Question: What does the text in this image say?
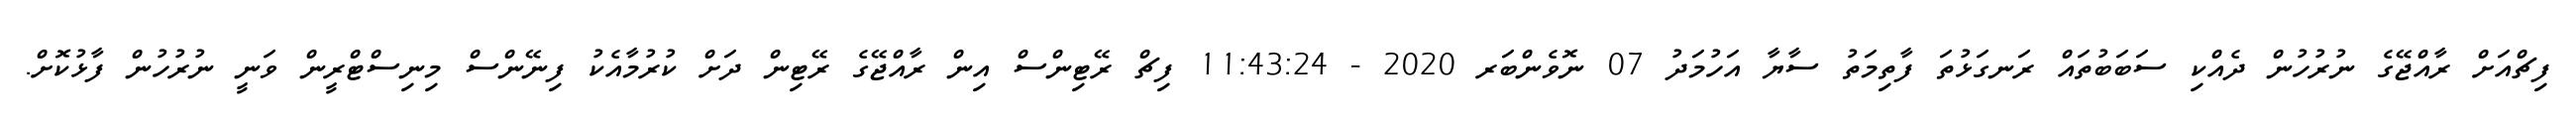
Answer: ފިޗްއަށް ރާއްޖޭގެ ނުރުހުން ދެއްކި ސަބަބުތައް ރަނގަޅުތަ ފާތިމަތު ސާޔާ އަހުމަދު 07 ނޮވެންބަރ 2020 - 11:43:24 ފިޗް ރޭޓިންސް އިން ރާއްޖޭގެ ރޭޓިން ދަށް ކުރުމާއެކު ފިނޭންސް މިނިސްޓްރީން ވަނީ ނުރުހުން ފާޅުކޮށް.